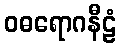
ဝဓရောဂနီဠံ